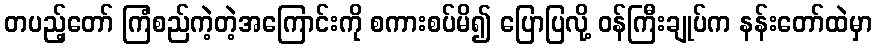
တပည့်တော် ကြံစည်ကဲ့တဲ့အကြောင်းကို စကားစပ်မိ၍ ပြောပြလို့ ဝန်ကြီးချုပ်က နန်းတော်ထဲမှာ